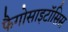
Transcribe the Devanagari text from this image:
फैगोसाइटॉसिस